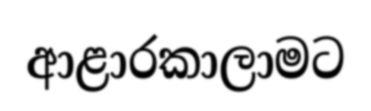
ආළාරකාලාමට